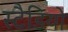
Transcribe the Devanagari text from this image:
स्टैडियो